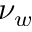
\nu _ { w }